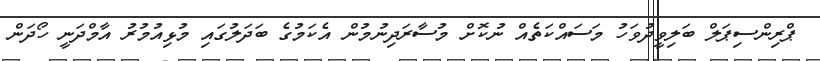
ޕްރިންސިޕަލް ބަލިވީދުވަހު މަސައްކަތެއް ނުކޮށް މުސާރަދިނުމުން އެކަމުގެ ބަދަލުގައި މުޅިއުމުރު އާމްދަނީ ހޯދަން